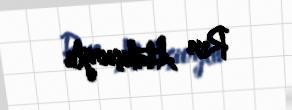
Rza Atakişioğlu